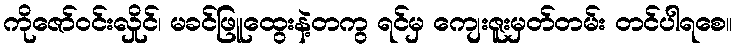
ကိုဇော်ဝင်းလှိုင်၊ မခင်ဖြူထွေးနဲ့တကွ ရင်မှ ကျေးဇူးမှတ်တမ်း တင်ပါရစေ။